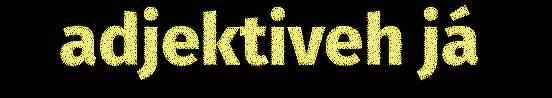
adjektiveh já